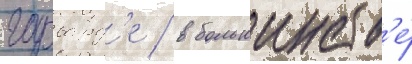
гарвард'е / в большинств'е́